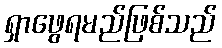
ရှာဖွေရမည်ဖြစ်သည်